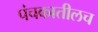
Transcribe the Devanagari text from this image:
पंचकातीलच